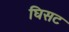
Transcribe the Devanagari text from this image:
घिसट